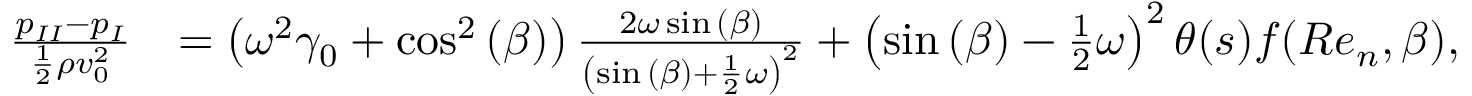
\begin{array} { r l } { \frac { { p _ { I I } } - { p _ { I } } } { \frac { 1 } { 2 } \rho v _ { 0 } ^ { 2 } } } & { = \left( \omega ^ { 2 } \gamma _ { 0 } + \cos ^ { 2 } { ( \beta ) } \right) \frac { 2 \omega \sin { ( \beta ) } } { \left( \sin { ( \beta ) } + \frac { 1 } { 2 } \omega \right) ^ { 2 } } + \left( \sin { ( \beta ) } - \frac { 1 } { 2 } \omega \right) ^ { 2 } \theta ( s ) f ( R e _ { n } , \beta ) , } \end{array}